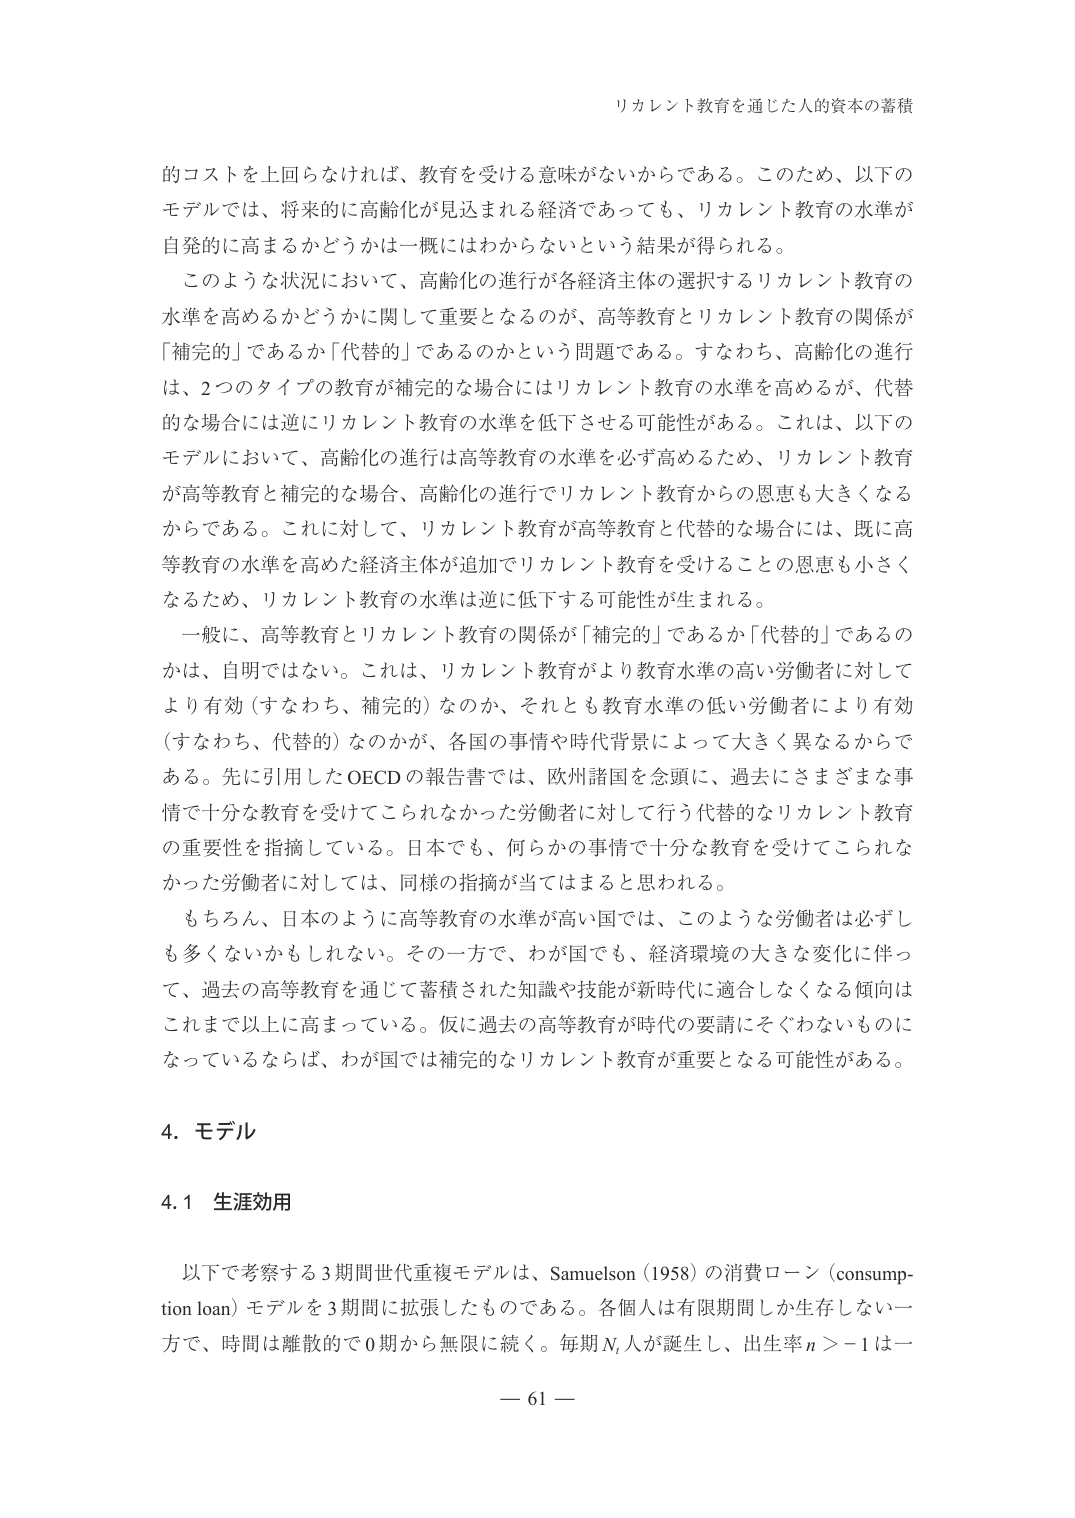
リカレント教育を通じた人的資本の蓄積

的コストを上回らなければ、教育を受ける意味がないからである。このため、以下のモデルでは、将来的に高齢化が見込まれる経済であっても、リカレント教育の水準が自発的に高まるかどうかは一概にはわからないという結果が得られる。

このような状況において、高齢化の進行が各経済主体の選択するリカレント教育の水準を高めるかどうかに関して重要となるのが、高等教育とリカレント教育の関係が「補完的」であるか「代替的」であるのかという問題である。すなわち、高齢化の進行は、2つのタイプの教育が補完的な場合にはリカレント教育の水準を高めるが、代替的な場合には逆にリカレント教育の水準を低下させる可能性がある。これは、以下のモデルにおいて、高齢化の進行は高等教育の水準を必ず高めるため、リカレント教育が高等教育と補完的な場合、高齢化の進行でリカレント教育からの恩恵も大きくなるからである。これに対して、リカレント教育が高等教育と代替的な場合には、既に高等教育の水準を高めた経済主体が追加でリカレント教育を受けることの恩恵も小さくなるため、リカレント教育の水準は逆に低下する可能性が生まれる。

一般に、高等教育とリカレント教育の関係が「補完的」であるか「代替的」であるのかは、自明ではない。これは、リカレント教育がより教育水準の高い労働者に対してより有効（すなわち、補完的）なのか、それとも教育水準の低い労働者により有効（すなわち、代替的）なのかが、各国の事情や時代背景によって大きく異なるからである。先に引用したOECDの報告書では、欧州諸国を念頭に、過去にさまざまな事情で十分な教育を受けてこられなかった労働者に対して行う代替的なリカレント教育の重要性を指摘している。日本でも、何らかの事情で十分な教育を受けてこられなかった労働者に対しては、同様の指摘が当てはまると思われる。

もちろん、日本のように高等教育の水準が高い国では、このような労働者は必ずしも多くないかもしれない。その一方で、わが国でも、経済環境の大きな変化に伴って、過去の高等教育を通じて蓄積された知識や技能が新時代に適合しなくなる傾向はこれまで以上に高まっている。仮に過去の高等教育が時代の要請にそぐわないものになっているならば、わが国では補完的なリカレント教育が重要となる可能性がある。

4. モデル

4.1 生涯効用

以下で考察する3期間世代重複モデルは、Samuelson（1958）の消費ローン（consumption loan）モデルを3期間に拡張したものである。各個人は有限期間しか生存しない一方で、時間は離散的で0期から無限に続く。毎期Nt人が誕生し、出生率n＞－1は一

－ 61 －